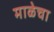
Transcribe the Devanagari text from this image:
माळेचा